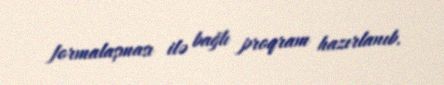
formalaşması ilə bağlı proqram hazırlanıb.